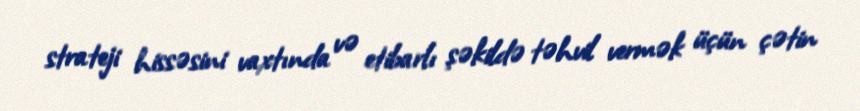
strateji hissəsini vaxtında və etibarlı şəkildə təhvil vermək üçün çətin